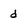
Character: d